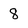
Character: 8